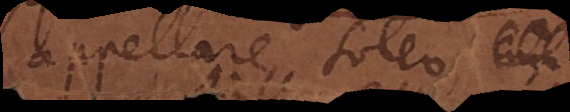
appellare soleo,